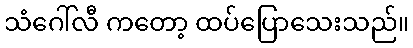
သံဂေါ်လီ ကတော့ ထပ်ပြောသေးသည်။